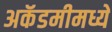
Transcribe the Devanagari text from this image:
अकॅडमीमध्ये